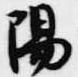
陽